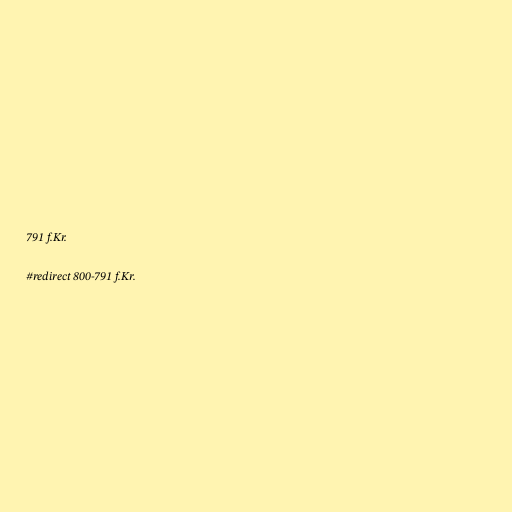
791 f.Kr.

#redirect 800-791 f.Kr.